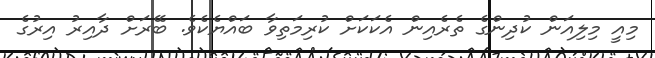
މިއީ މިލިއަން ކުދިންގެ ތެރެއިން އެކަކަށް ކުރިމަތިވާ ބައްޔެކެވެ. ބޭރަށް ދާއިރު އިރުގެ